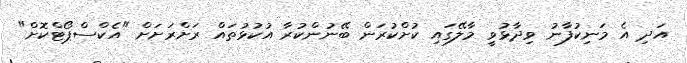
އަދި އެ މަނިކުފާނު ވިދާޅުވީ މާލޭގައި ކުށްކުރަން ބޭނުންކުރާ އުކުޅުތައް ރަށްރަށަށް "އެކްސްޕޯޓްކޮށް"